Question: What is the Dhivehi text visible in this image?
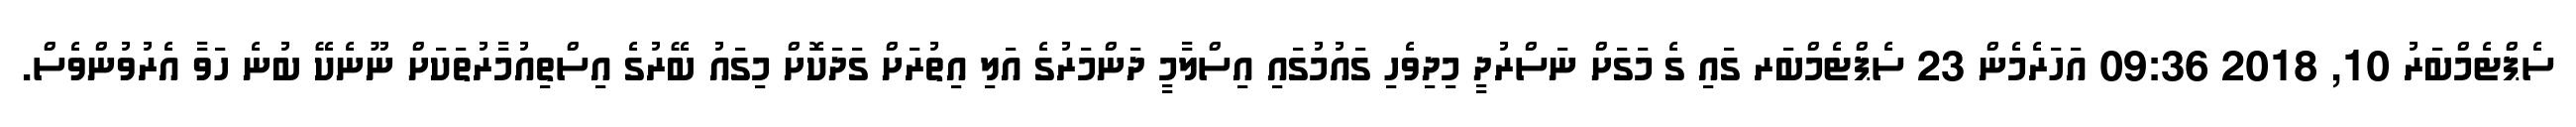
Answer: ސެޕްޓެމްބަރު 10, 2018 09:36 އަހަރެމެން 23 ސެޕްޓެމްބަރ ގައި ގެ މަގަށް ނަސްރުދީ މިދިވެހި ގައުމުގައި އިސްލާމީ ދަންމަރުގެ އަލި އިތުރަށް ގަދަކޮށް މިގައު ބޭރުގެ އިސްތިއުމާރުތަކަށް ނޫނެކޭ ބުނެ ހަވާ އެރުވުންވެސް.